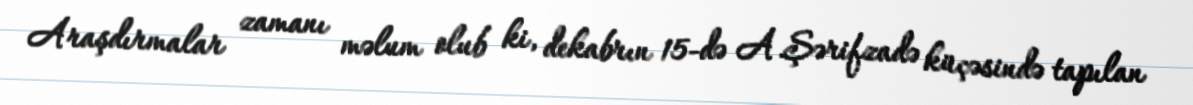
Araşdırmalar zamanı məlum olub ki, dekabrın 15-də A.Şərifzadə küçəsində tapılan